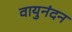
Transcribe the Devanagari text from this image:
वायुनंदन